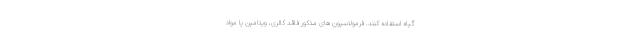
گیاه استفاده کنند. فرمولاسیون های مذکور فاقد کالری، ویتامین یا مواد